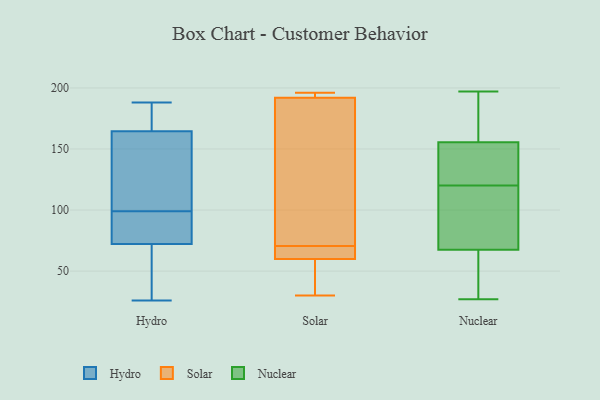
{"axis": {"x": "LTV (USD)", "y": "Value"}, "legend": ["Hydro", "Nuclear", "Solar"], "data": [{"x": "", "y": 165, "type": "Hydro"}, {"x": "", "y": 88, "type": "Hydro"}, {"x": "", "y": 188, "type": "Hydro"}, {"x": "", "y": 26, "type": "Hydro"}, {"x": "", "y": 82, "type": "Hydro"}, {"x": "", "y": 92, "type": "Hydro"}, {"x": "", "y": 101, "type": "Hydro"}, {"x": "", "y": 99, "type": "Hydro"}, {"x": "", "y": 69, "type": "Hydro"}, {"x": "", "y": 163, "type": "Hydro"}, {"x": "", "y": 51, "type": "Hydro"}, {"x": "", "y": 50, "type": "Hydro"}, {"x": "", "y": 108, "type": "Hydro"}, {"x": "", "y": 188, "type": "Hydro"}, {"x": "", "y": 174, "type": "Hydro"}, {"x": "", "y": 65, "type": "Solar"}, {"x": "", "y": 74, "type": "Solar"}, {"x": "", "y": 171, "type": "Solar"}, {"x": "", "y": 196, "type": "Solar"}, {"x": "", "y": 67, "type": "Solar"}, {"x": "", "y": 30, "type": "Solar"}, {"x": "", "y": 50, "type": "Solar"}, {"x": "", "y": 60, "type": "Solar"}, {"x": "", "y": 194, "type": "Solar"}, {"x": "", "y": 192, "type": "Solar"}, {"x": "", "y": 130, "type": "Nuclear"}, {"x": "", "y": 120, "type": "Nuclear"}, {"x": "", "y": 42, "type": "Nuclear"}, {"x": "", "y": 179, "type": "Nuclear"}, {"x": "", "y": 136, "type": "Nuclear"}, {"x": "", "y": 101, "type": "Nuclear"}, {"x": "", "y": 96, "type": "Nuclear"}, {"x": "", "y": 162, "type": "Nuclear"}, {"x": "", "y": 197, "type": "Nuclear"}, {"x": "", "y": 58, "type": "Nuclear"}, {"x": "", "y": 27, "type": "Nuclear"}]}